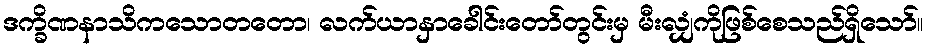
ဒက္ခိဏနာသိကသောတတော၊ လက်ယာနှာခေါင်းတော်တွင်းမှ မီးလျှံကိုဖြစ်စေသည်ရှိသော်။